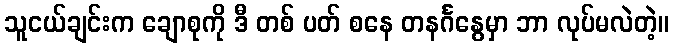
သူငယ်ချင်းက ချောစုကို ဒီ တစ် ပတ် စနေ တနင်္ဂနွေမှာ ဘာ လုပ်မလဲတဲ့။